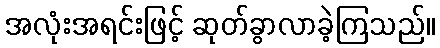
အလုံးအရင်းဖြင့် ဆုတ်ခွာလာခဲ့ကြသည်။